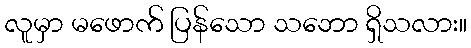
လူမှာ မဖောက် ပြန်သော သဘော ရှိသလား။